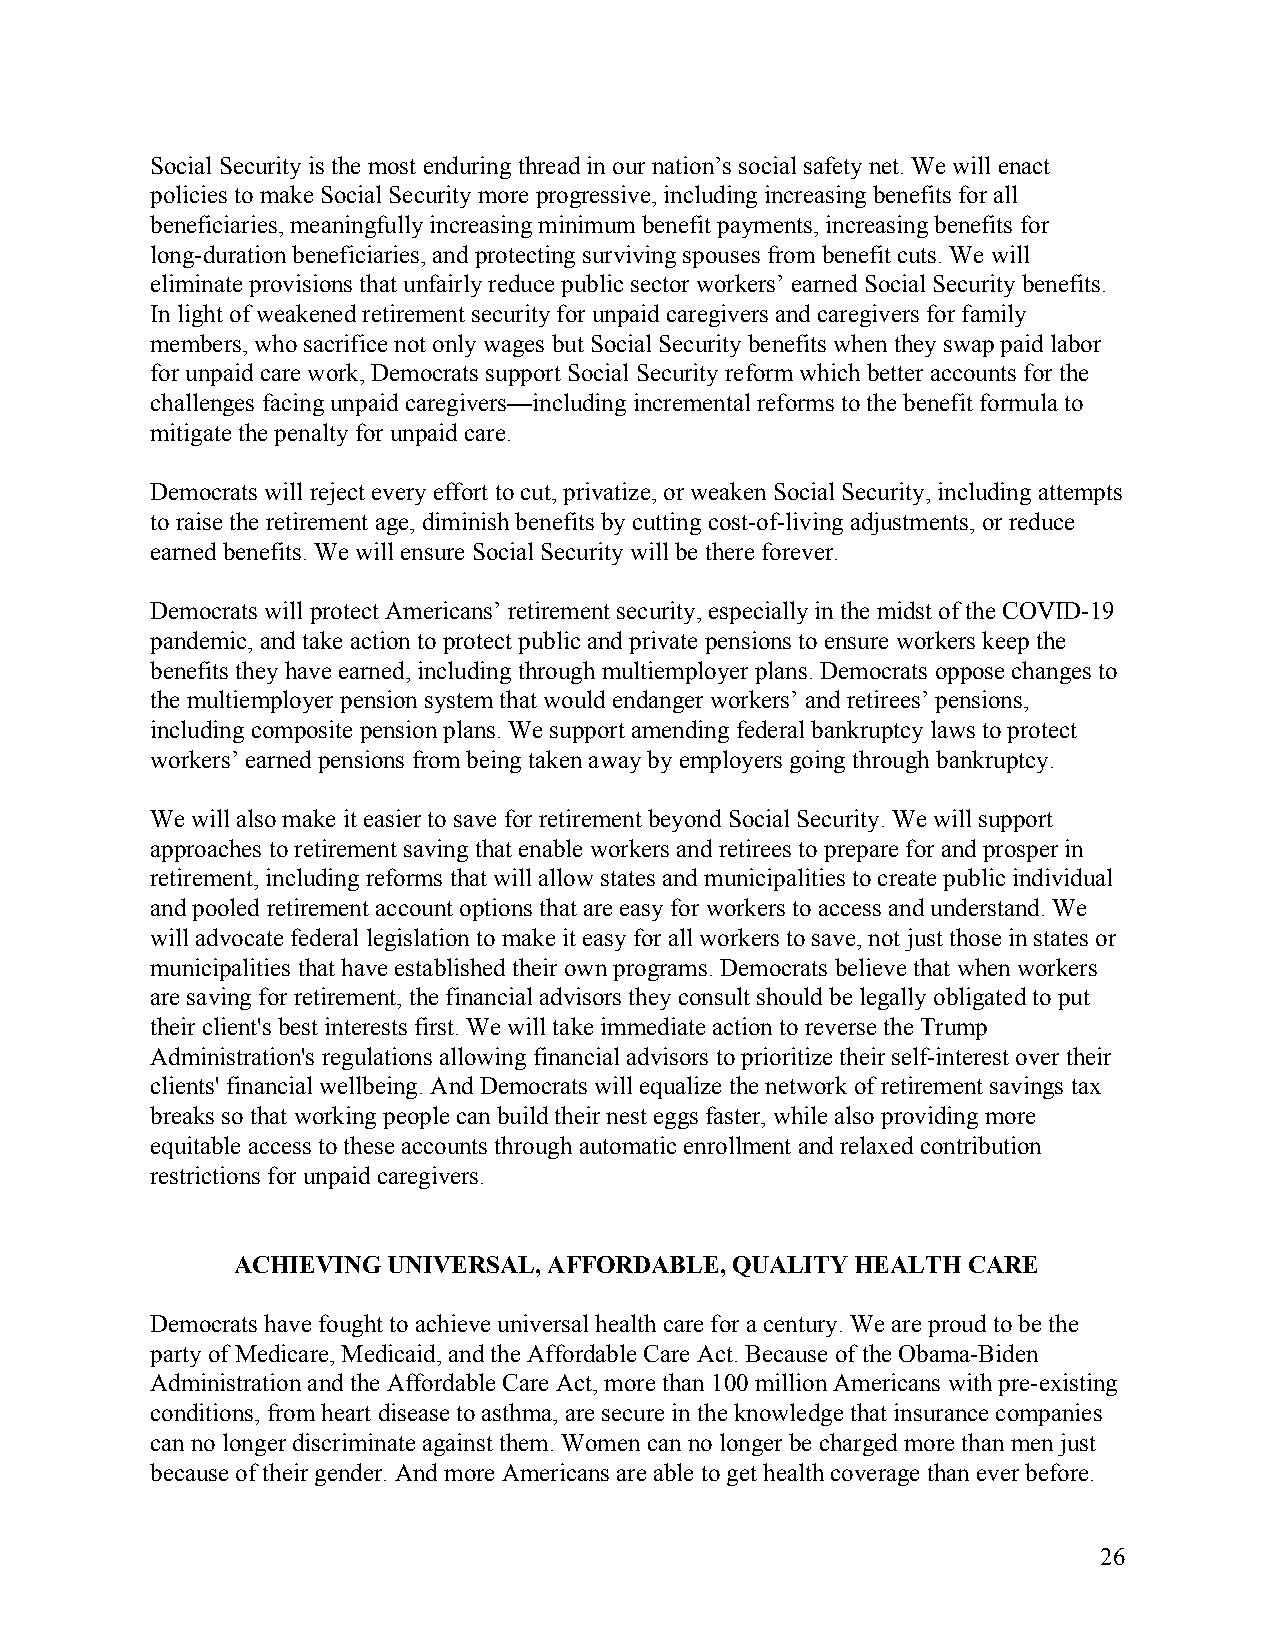
Social Security is the most enduring thread in our nation’s social safety net. We will enact
 policies to make Social Security more progressive, including increasing benefits for all
 beneficiaries, meaningfully increasing minimum benefit payments, increasing benefits for
 long-duration beneficiaries, and protecting surviving spouses from benefit cuts. We will
 eliminate provisions that unfairly reduce public sector workers’ earned Social Security benefits.
 In light of weakened retirement security for unpaid caregivers and caregivers for family
 members, who sacrifice not only wages but Social Security benefits when they swap paid labor
 for unpaid care work, Democrats support Social Security reform which better accounts for the
 challenges facing unpaid caregivers—including incremental reforms to the benefit formula to
 mitigate the penalty for unpaid care.
 Democrats will reject every effort to cut, privatize, or weaken Social Security, including attempts
 to raise the retirement age, diminish benefits by cutting cost-of-living adjustments, or reduce
 earned benefits. We will ensure Social Security will be there forever.
 Democrats will protect Americans’ retirement security, especially in the midst of the COVID-19
 pandemic, and take action to protect public and private pensions to ensure workers keep the
 benefits they have earned, including through multiemployer plans. Democrats oppose changes to
 the multiemployer pension system that would endanger workers’ and retirees’ pensions,
 including composite pension plans. We support amending federal bankruptcy laws to protect
 workers’ earned pensions from being taken away by employers going through bankruptcy.
 We will also make it easier to save for retirement beyond Social Security. We will support
 approaches to retirement saving that enable workers and retirees to prepare for and prosper in
 retirement, including reforms that will allow states and municipalities to create public individual
 and pooled retirement account options that are easy for workers to access and understand. We
 will advocate federal legislation to make it easy for all workers to save, not just those in states or
 municipalities that have established their own programs. Democrats believe that when workers
 are saving for retirement, the financial advisors they consult should be legally obligated to put
 their client's best interests first. We will take immediate action to reverse the Trump
 Administration's regulations allowing financial advisors to prioritize their self-interest over their
 clients' financial wellbeing. And Democrats will equalize the network of retirement savings tax
 breaks so that working people can build their nest eggs faster, while also providing more
 equitable access to these accounts through automatic enrollment and relaxed contribution
 restrictions for unpaid caregivers.
 ACHIEVING UNIVERSAL, AFFORDABLE, QUALITY HEALTH CARE
 Democrats have fought to achieve universal health care for a century. We are proud to be the
 party of Medicare, Medicaid, and the Affordable Care Act. Because of the Obama-Biden
 Administration and the Affordable Care Act, more than 100 million Americans with pre-existing
 conditions, from heart disease to asthma, are secure in the knowledge that insurance companies
 can no longer discriminate against them. Women can no longer be charged more than men just
 because of their gender. And more Americans are able to get health coverage than ever before.
 26